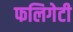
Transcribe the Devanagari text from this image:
फलिगेटी